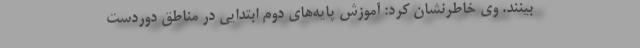
بینند. وی خاطرنشان کرد: آموزش پایه‌های دوم ابتدایی در مناطق دوردست